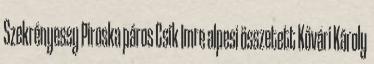
Szekrényessy Piroska páros Csík Imre alpesi összetett Kővári Károly